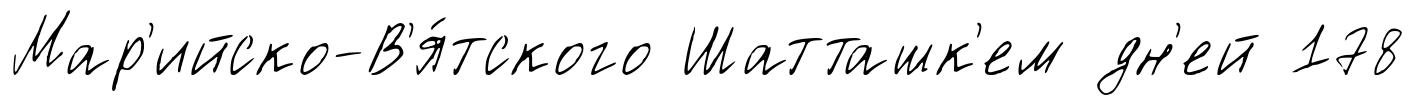
Мар'ийско-В'я́тского Шатташк'ем дн'ей 178